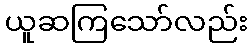
ယူဆကြသော်လည်း